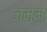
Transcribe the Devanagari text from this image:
जमम